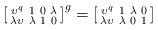
LaTeX: \begin{align*} \left[ \begin{smallmatrix} \upsilon^q&1 &0&\lambda \\ \lambda \upsilon&\lambda&1&0 \\ \end{smallmatrix} \right]^g = \left[ \begin{smallmatrix} \upsilon^q&1&\lambda&0 \\ \lambda \upsilon&\lambda &0 &1 \\ \end{smallmatrix} \right] \end{align*}